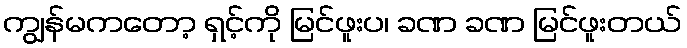
ကျွန်မကတော့ ရှင့်ကို မြင်ဖူးပ၊ ခဏ ခဏ မြင်ဖူးတယ်